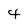
Character: 4